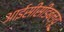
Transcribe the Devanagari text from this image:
आईसीसीडब्‍ल्‍यू